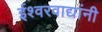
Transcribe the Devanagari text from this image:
ईश्वरवाद्यांनी